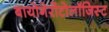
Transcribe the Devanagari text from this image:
बायोगेरोंटोलॉजिस्ट